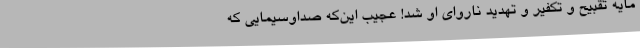
مایهٔ تقبیح و تکفیر و تهدید ناروای او شد! عجیب این‌که صداوسیمایی که